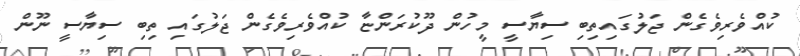
ކުއްވެރިވެގެން ޖަލުގައިތިބި ސިޔާސީ މީހުން ދޫކުރަންޏާ ކުއްވެރިވެގެން ޖަލުގައި ތިބި ސިޔާސީ ނޫން